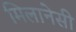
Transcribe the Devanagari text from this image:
मिलानेसी